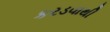
કરડવાથી